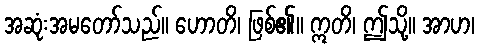
အဆုံးအမတော်သည်။ ဟောတိ၊ ဖြစ်၏။ ဣတိ၊ ဤသို့။ အာဟ၊